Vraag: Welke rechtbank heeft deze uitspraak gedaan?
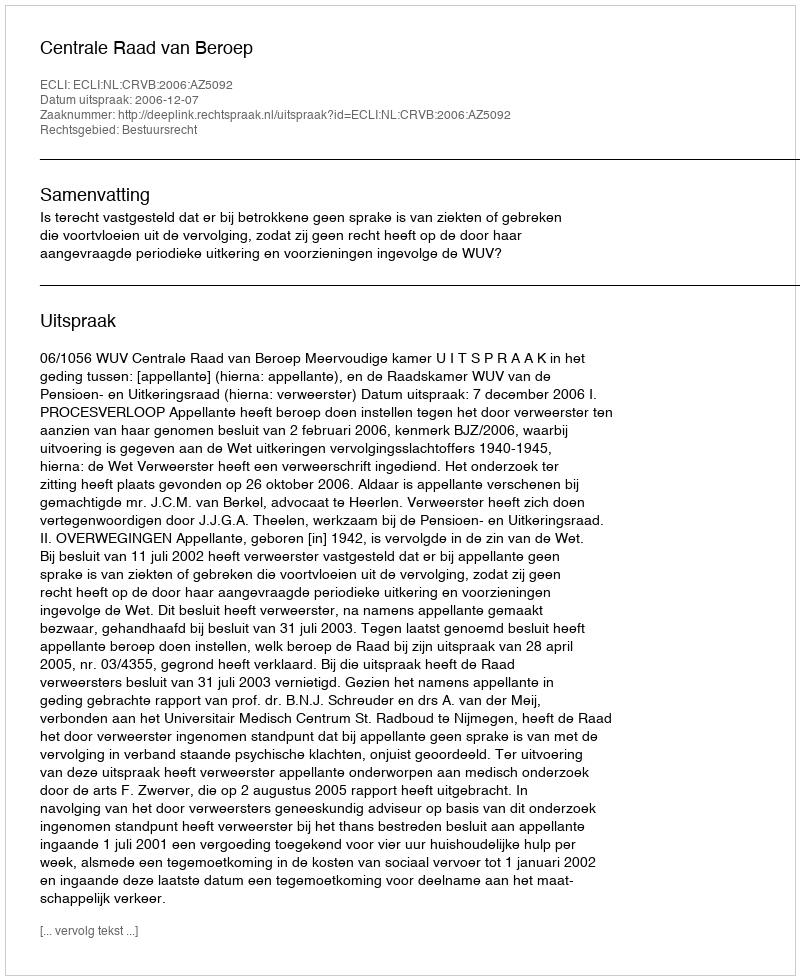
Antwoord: Centrale Raad van Beroep